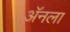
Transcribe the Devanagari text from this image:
ॲनला